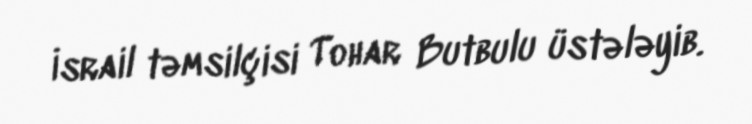
İsrail təmsilçisi Tohar Butbulu üstələyib.